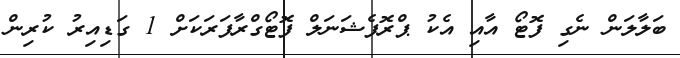
ބަލާލަން ނެގި ފޮޓޯ އާއި އެކު ޕްރޮފެޝަނަލް ފޮޓޯގްރާފަރަކަށް 1 ގަޑިއިރު ކުރިން